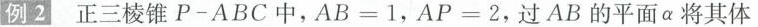
例2 正三棱锥P-ABC中，AB=1，AP=2，过AB的平面\alpha将其体